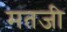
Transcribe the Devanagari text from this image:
मतजी